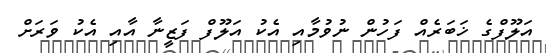
އަލޫފްގެ ޚަބަރެއް ފަހުން ނުވުމާއި އެކު އަލޫފް ފަޒީނާ އާއި އެކު ވަރަށް